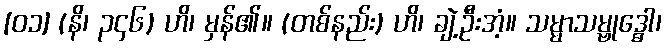
[၀၁] (နိ၊ ၃၄၆) ဟိ၊ မှန်၏။ (တစ်နည်း) ဟိ၊ ချဲ့ဦးအံ့။ သမ္မာသမ္ဗုဒ္ဓေါ၊